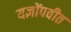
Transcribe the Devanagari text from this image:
यज्ञोंपवीत